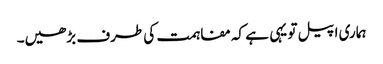
ہماری اپیل تو یہی ہے کہ مفاہمت کی طرف بڑھیں۔